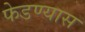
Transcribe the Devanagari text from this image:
फेडण्यास